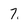
Character: 7